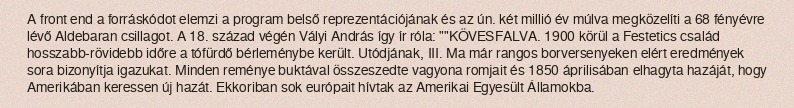
A front end a forráskódot elemzi a program belső reprezentációjának és az ún. két millió év múlva megközelíti a 68 fényévre lévő Aldebaran csillagot. A 18. század végén Vályi András így ír róla: ""KÖVESFALVA. 1900 körül a Festetics család hosszabb-rövidebb időre a tófürdő bérleménybe került. Utódjának, III. Ma már rangos borversenyeken elért eredmények sora bizonyítja igazukat. Minden reménye buktával összeszedte vagyona romjait és 1850 áprilisában elhagyta hazáját, hogy Amerikában keressen új hazát. Ekkoriban sok európait hívtak az Amerikai Egyesült Államokba.